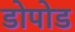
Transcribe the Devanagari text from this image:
डोपोड